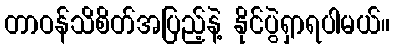
တာဝန်သိစိတ်အပြည့်နဲ့ နိုင်ပွဲရှာရပါမယ်။